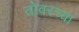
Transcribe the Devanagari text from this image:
तोवरच्या